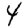
Digit: 4